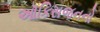
ઑકિસજનનો